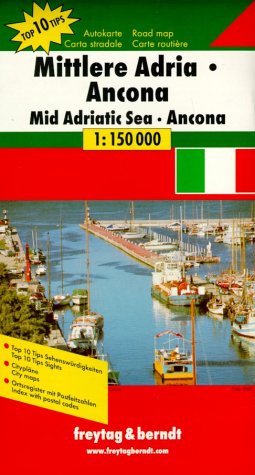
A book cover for Middle Adriatic Sea, Italy coast (English, French, Italian and German Edition); Freytag-Berndt; Travel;